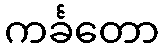
ကင်္ခတော